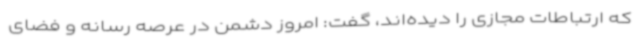
که ارتباطات مجازی را دیده‌اند، گفت: امروز دشمن در عرصه رسانه و فضای